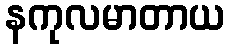
နကုလမာတာယ